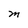
Character: M